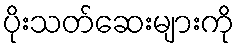
ပိုးသတ်ဆေးများကို